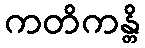
ကတိကန္တိ